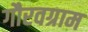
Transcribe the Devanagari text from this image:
गौरवग्राम